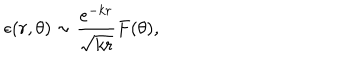
\epsilon ( r , \theta ) \sim \frac { e ^ { - k r } } { \sqrt { k r } } F ( \theta ) ,